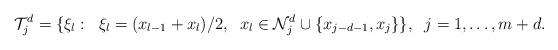
LaTeX: \begin{align*} \mathcal T_j^d=\{\xi_l:\;\;\xi_l={(x_{l-1}+x_{l})}/{2},\;\;x_l\in\mathcal{N}_j^d\cup\{x_{j-d-1},x_j\}\},\;\;j= 1,\ldots,m+d.\end{align*}